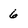
Character: 6